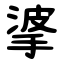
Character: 㨇